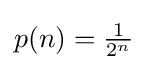
p(n)={\tfrac {1}{2^{n}}}